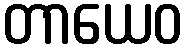
တာယေဝ